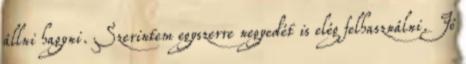
állni hagyni. Szerintem egyszerre negyedét is elég felhasználni. Jó